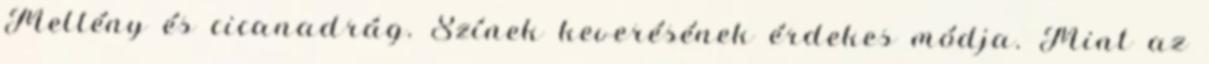
Mellény és cicanadrág. Színek keverésének érdekes módja. Mint az